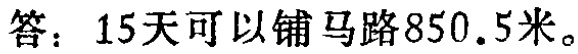
答：15天可以铺马路850.5米。